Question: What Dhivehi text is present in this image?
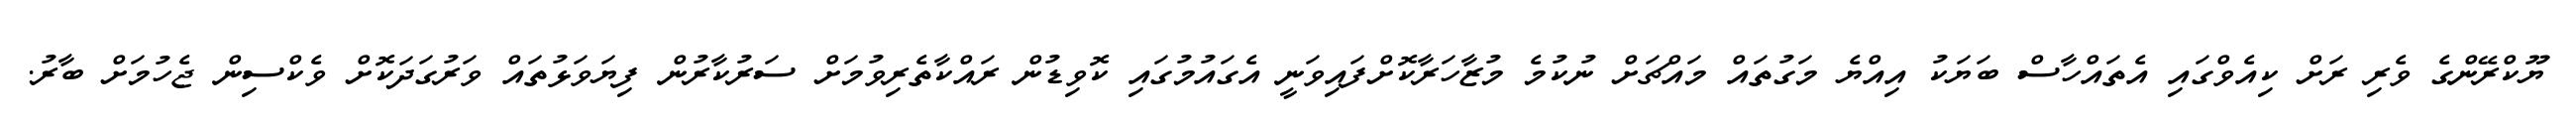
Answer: ޔޫކްރޭންގެ ވެރި ރަށް ކިއެވްގައި އެތައްހާސް ބަޔަކު އިއްޔެ މަގުތައް މައްޗަށް ނުކުމެ މުޒާހަރާކޮށްފައިވަނީ އެގައުމުގައި ކޮވިޑުން ރައްކާތެރިވުމަށް ސަރުކާރުން ފިޔަވަޅުތައް ވަރުގަދަކޮށް ވެކްސިން ޖެހުމަށް ބާރު.